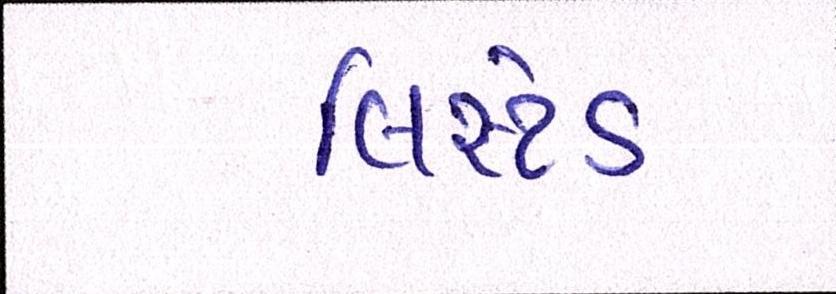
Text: લિસ્ટેડ